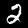
Label: 2